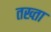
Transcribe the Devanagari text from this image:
तख्‍ता